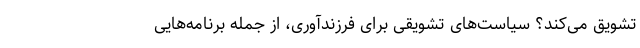
تشویق می‌کند؟ سیاست‌های تشویقی برای فرزندآوری، از جمله برنامه‌هایی